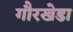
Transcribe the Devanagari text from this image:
गौरखेडा